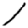
Digit: 1